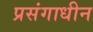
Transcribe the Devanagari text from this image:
प्रसंगाधीन